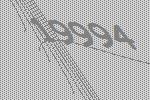
19994